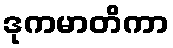
ဒုကမာတိကာ